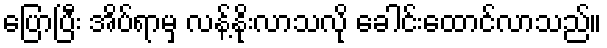
ပြောပြီး အိပ်ရာမှ လန့်နိုးလာသလို ခေါင်းထောင်လာသည်။